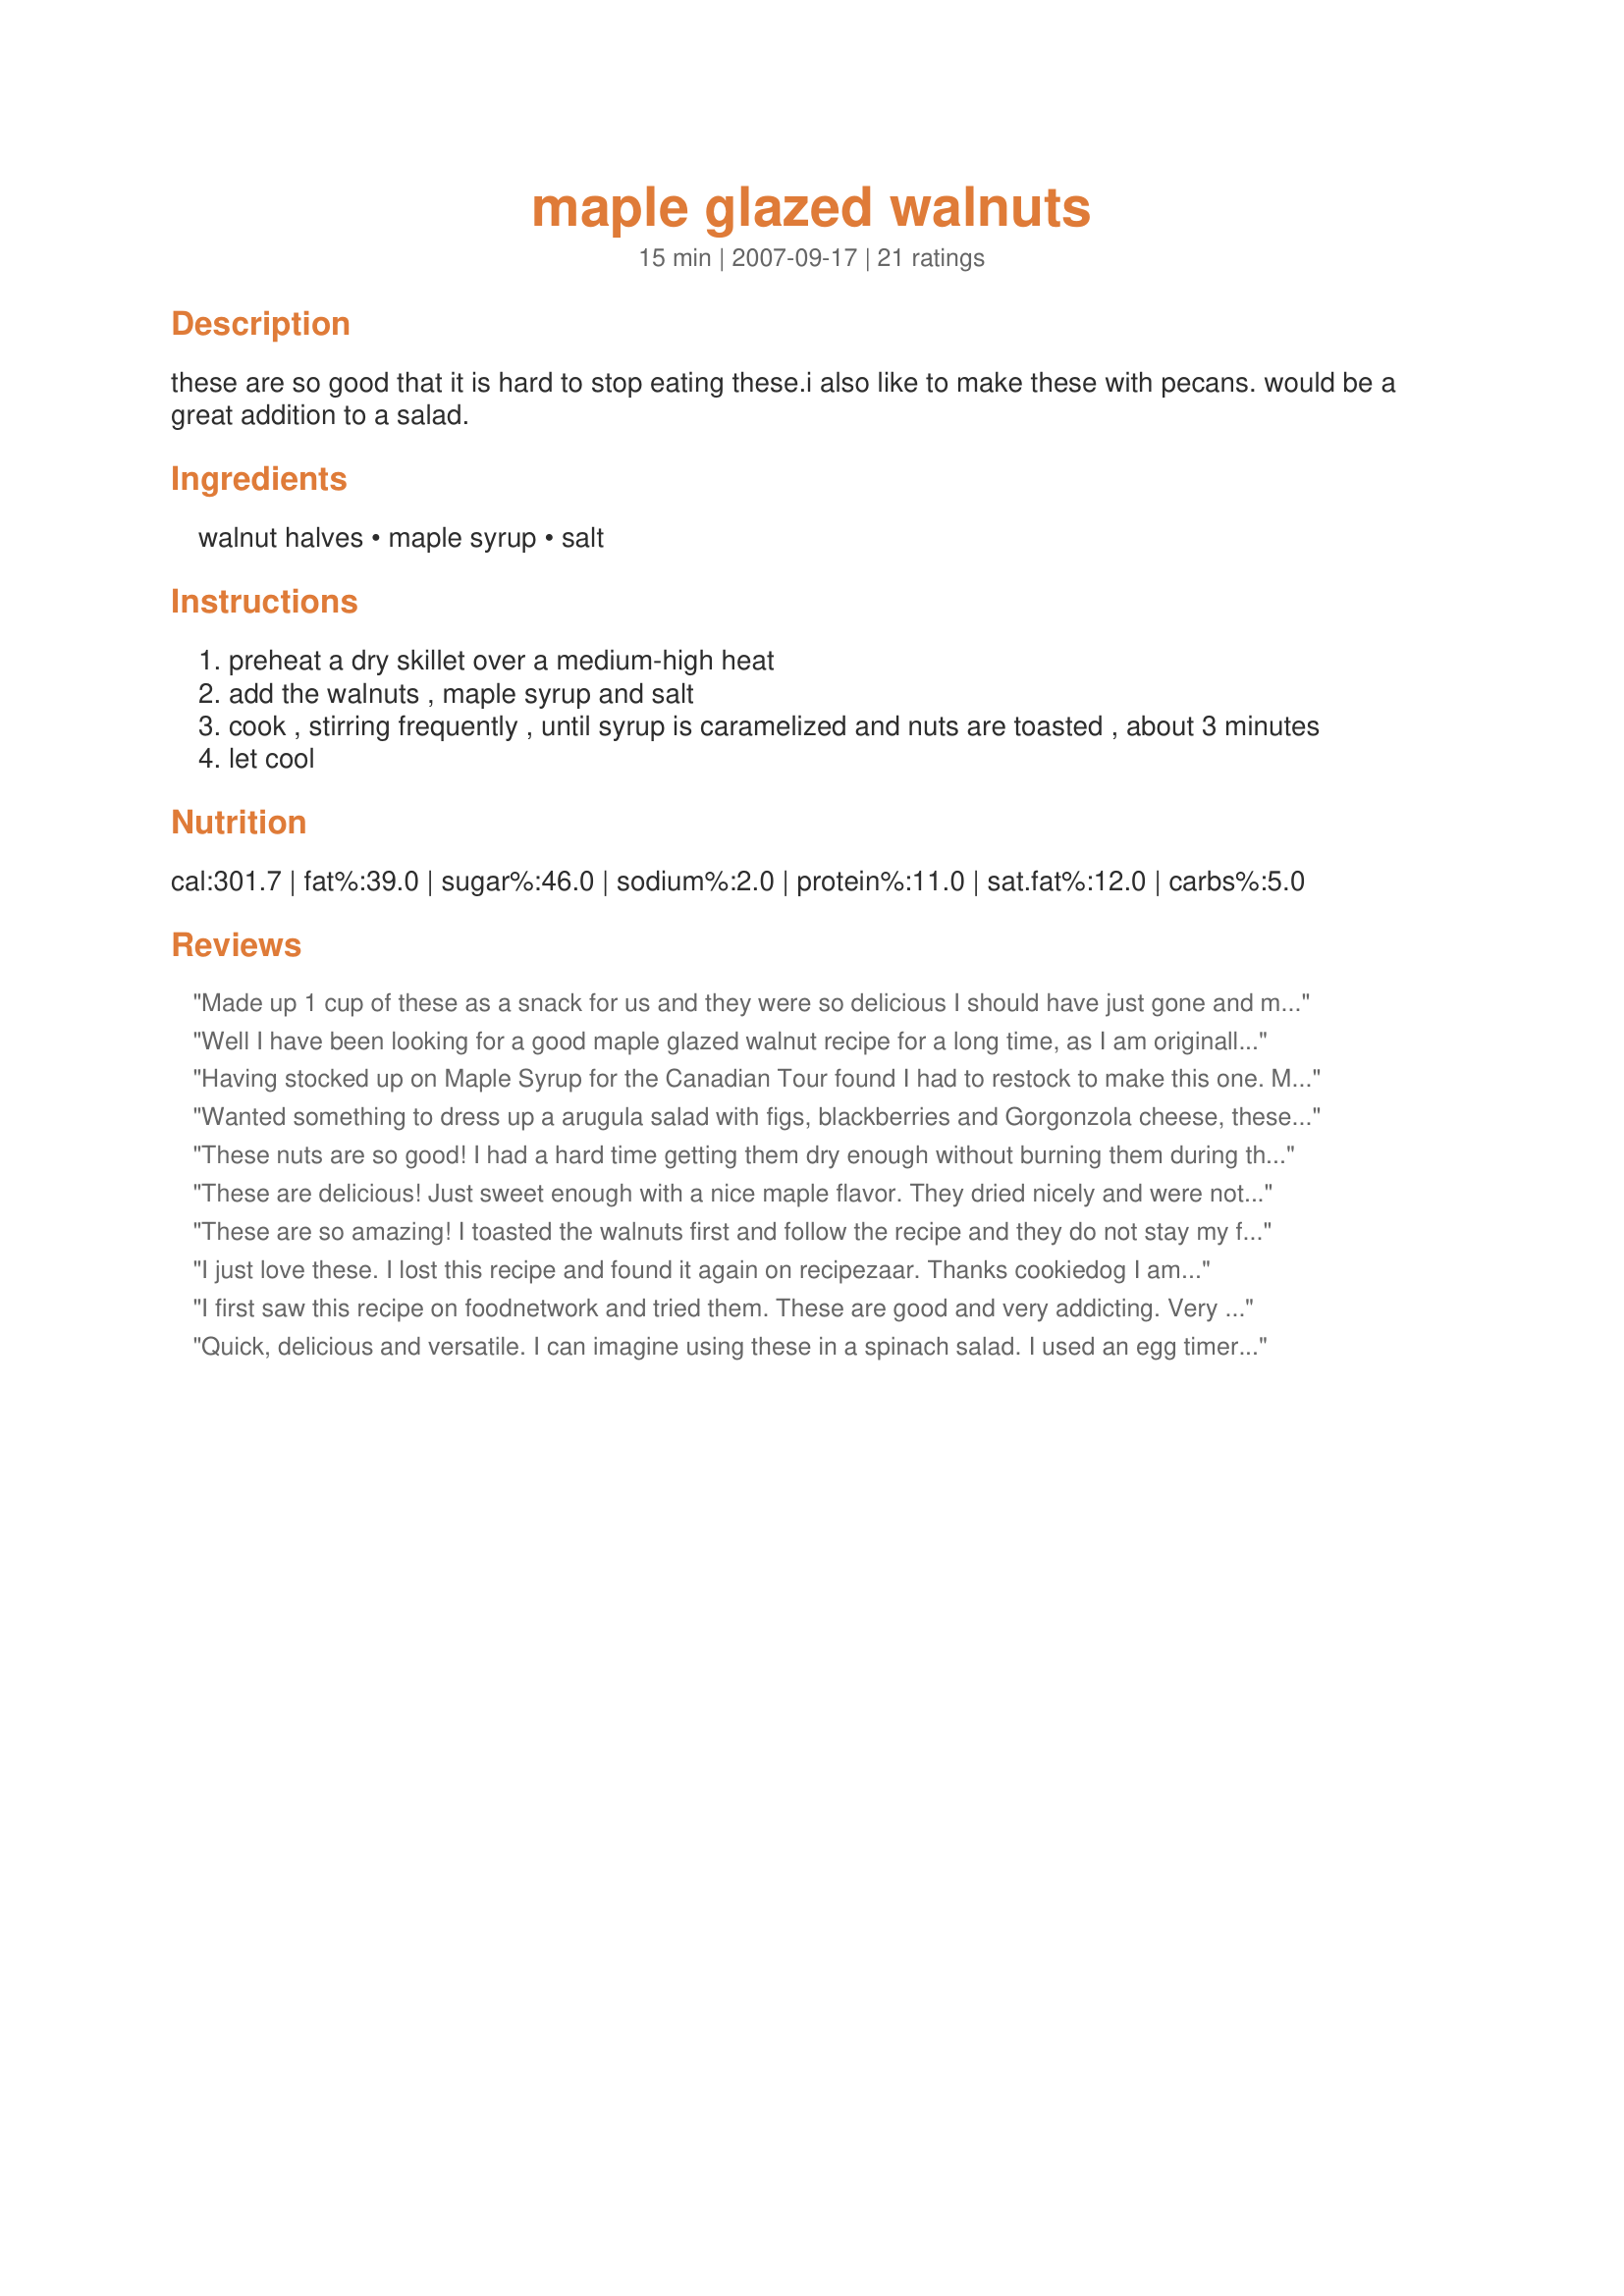
maple glazed walnuts
Preparation time: 15 minutes

these are so good that it is hard to stop eating these.i also like to make these with pecans. would be a great addition to a salad.

Ingredients:
walnut halves, maple syrup, salt

Steps:
preheat a dry skillet over a medium-high heat
add the walnuts , maple syrup and salt
cook , stirring frequently , until syrup is caramelized and nuts are toasted , about 3 minutes
let cool

Reviews:
Made up 1 cup of these as a snack for us and they were so delicious I should have just gone and made the entire recipe. I would really like to try these next time with a bit of spice, too. I think they would take to chili really well.
Well I have been looking for a good maple glazed walnut recipe for a long time, as I am originally from NH I love maple syrup. Made one batch and you are right, hard to stop nibbling, anyway, just finished toasting the entire 3 pound bag of walnuts! I buy my syrup from the sugar house when I go home so I had plenty of syrup. They are soooo good. This recipe is going into my personal cookbook that I am writing for my family. Simple to make, great taste. I used a non stick skillet which worked great. Would make a great hostess gift too. Thank you!
Having stocked up on Maple Syrup for the Canadian Tour found I had to restock to make this one. Made using both walnuts and pecans - both were equally good. Quick, easy and so delicious. Added to my Christmas Baking and Treats Cookbook - know I will have to double the recipe!
Wanted something to dress up a arugula salad with figs, blackberries and Gorgonzola cheese, these seemed perfect and were a hit! I used a bit of Amish butter with the maple and salt and delish. I had to hide the leftovers so we had them for more salads or my husband would have eaten everyone! Thanks for sharing.
These nuts are so good! I had a hard time getting them dry enough without burning them during the time in the skillet; they were a little sticky after the 3 minutes so after they had cooled I popped them in the oven at 275 degrees for about 25 minutes - perfect! The maple flavor with the walnuts and a little salt was just delightful - thanks for sharing the recipe!
These are delicious! Just sweet enough with a nice maple flavor. They dried nicely and were not sticky at all for me, once they cooled. I&#039;ll make these again and try adding a bit of cinnamon or ginger next time. Thanks for the easy and great tasting recipe.
These are so amazing! I toasted the walnuts first and follow the recipe and they do not stay my family loves these. The texture and flavor better than any I&#039;ve tried. Thanks Ellie, but the serving size is not realistic. :)
I just love these. I lost this recipe and found it again on recipezaar. Thanks cookiedog I am going to make them in a little while. By the way, these freeze very well. I am making a double batch so I can freeze some!
I first saw this recipe on foodnetwork and tried them. These are good and very addicting. Very light and tasty. A great healthy snack!
Quick, delicious and versatile. I can imagine using these in a spinach salad. I used an egg timer to keep track of the 3 minutes. Perfect.
Boy! Are these walnuts ever tasty! As simple as this recipe was to make, I see no reason not to whip these walnuts up whenever I suspect someone may drop by or just to have on hand, especially during the holidays! Also a beautiful topper to cupcakes, on a frosted cake, in a salad or even as an addition to a coffee cake recipe! Thanks for the delicious recipe, Cookiedog!
Great easy recipe! Loof, thanks for the oven tip!
Thanks, cookiedog. This is a super recipe. The nuts are not at all sticky and have a nice flavor. I added additional sea salt for more of a sweet/salty taste. Soooo quick to make, almost no cleaning up to do. If you need a last-minute gift, this is it. . . . . Janet
Very simple and excellent recipe. I was making toasted walnuts with sugar for Chinese style chicken salad, but this one is simpler than the recipe I was using.

Thanks for posting this Cookiedog.
Really quick and easy. I made this recipe with pecans. I was hoping that these would be a little crunchier, but they're wonderful and not too sweet.
Great looking recipe cookiedog! I've saved it to my cookbook to hopefully make later. Using pure maple syrup your recipe is a gluten-free treat :)
Oooooh, so quick and easy and yummy! I made this and ate it as is, then used some for a cranberry walnut slaw! I threw in some pecans too. Thanks cookie! Made for ZWT4-Fancy Feinschmeckers!
These took care of a snack attack for me. I was craving sweet and salty and found this. Perfect! Made for the Babes of ZWT4.
They are so tasty and so easy to do. Only 3 minutes and just a few ingredients. Thanks Cookiedog. Made for the Babes of ZWT4
These are addictive. Threw them in a bowl and put them outside next to the pool with drinks and they were inhaled. Thanks-will make again with pecans.
Yummy! These are so easy and addicting! I made some with walnuts and some with pecans. Made for ZWT4 for the Tastebud Tickling Travellers.
